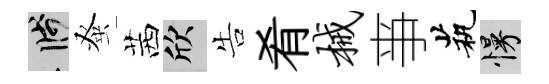
箋𫊫茜欣告肴械亊茕慢